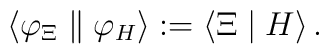
\left\langle \varphi _\Xi \parallel \varphi _H\right\rangle :=\left\langle\Xi \mid H\right\rangle .